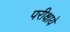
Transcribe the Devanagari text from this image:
परीक्षाये